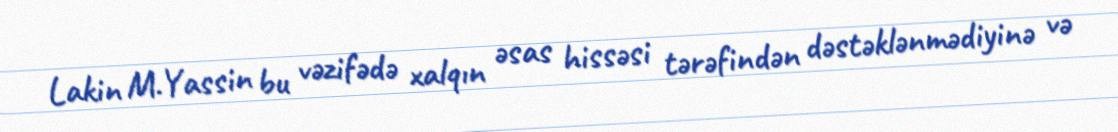
Lakin M.Yassin bu vəzifədə xalqın əsas hissəsi tərəfindən dəstəklənmədiyinə və